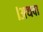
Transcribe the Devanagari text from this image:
।अथवा